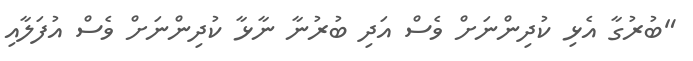
"ބުރުގާ އެޅި ކުދިންނަށް ވެސް އަދި ބުރުނާ ނާޅާ ކުދިންނަށް ވެސް އުފަލާއި